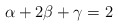
\begin{align*}\alpha + 2 \beta + \gamma = 2\end{align*}